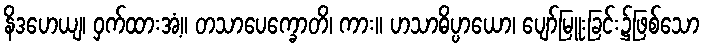
နိဒဟေယျ၊ ဝှက်ထားအံ့။ တသာပေက္ခောတိ၊ ကား။ ဟသာဓိပ္ပာယော၊ ပျော်မြူးခြင်း၌ဖြစ်သော